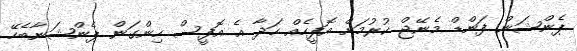
ޕެންޝަން ފަންޑް މެނޭޖް ކުރުމަށް އޮފީހެއް ހަދާ އެ އޮފީސް ހިންގަން ޕެންޝަނާބެހޭ